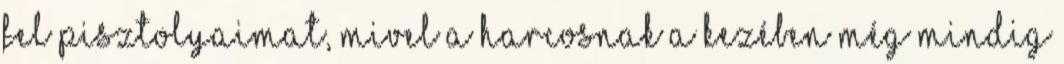
fel pisztolyaimat, mivel a harcosnak a kezében még mindig